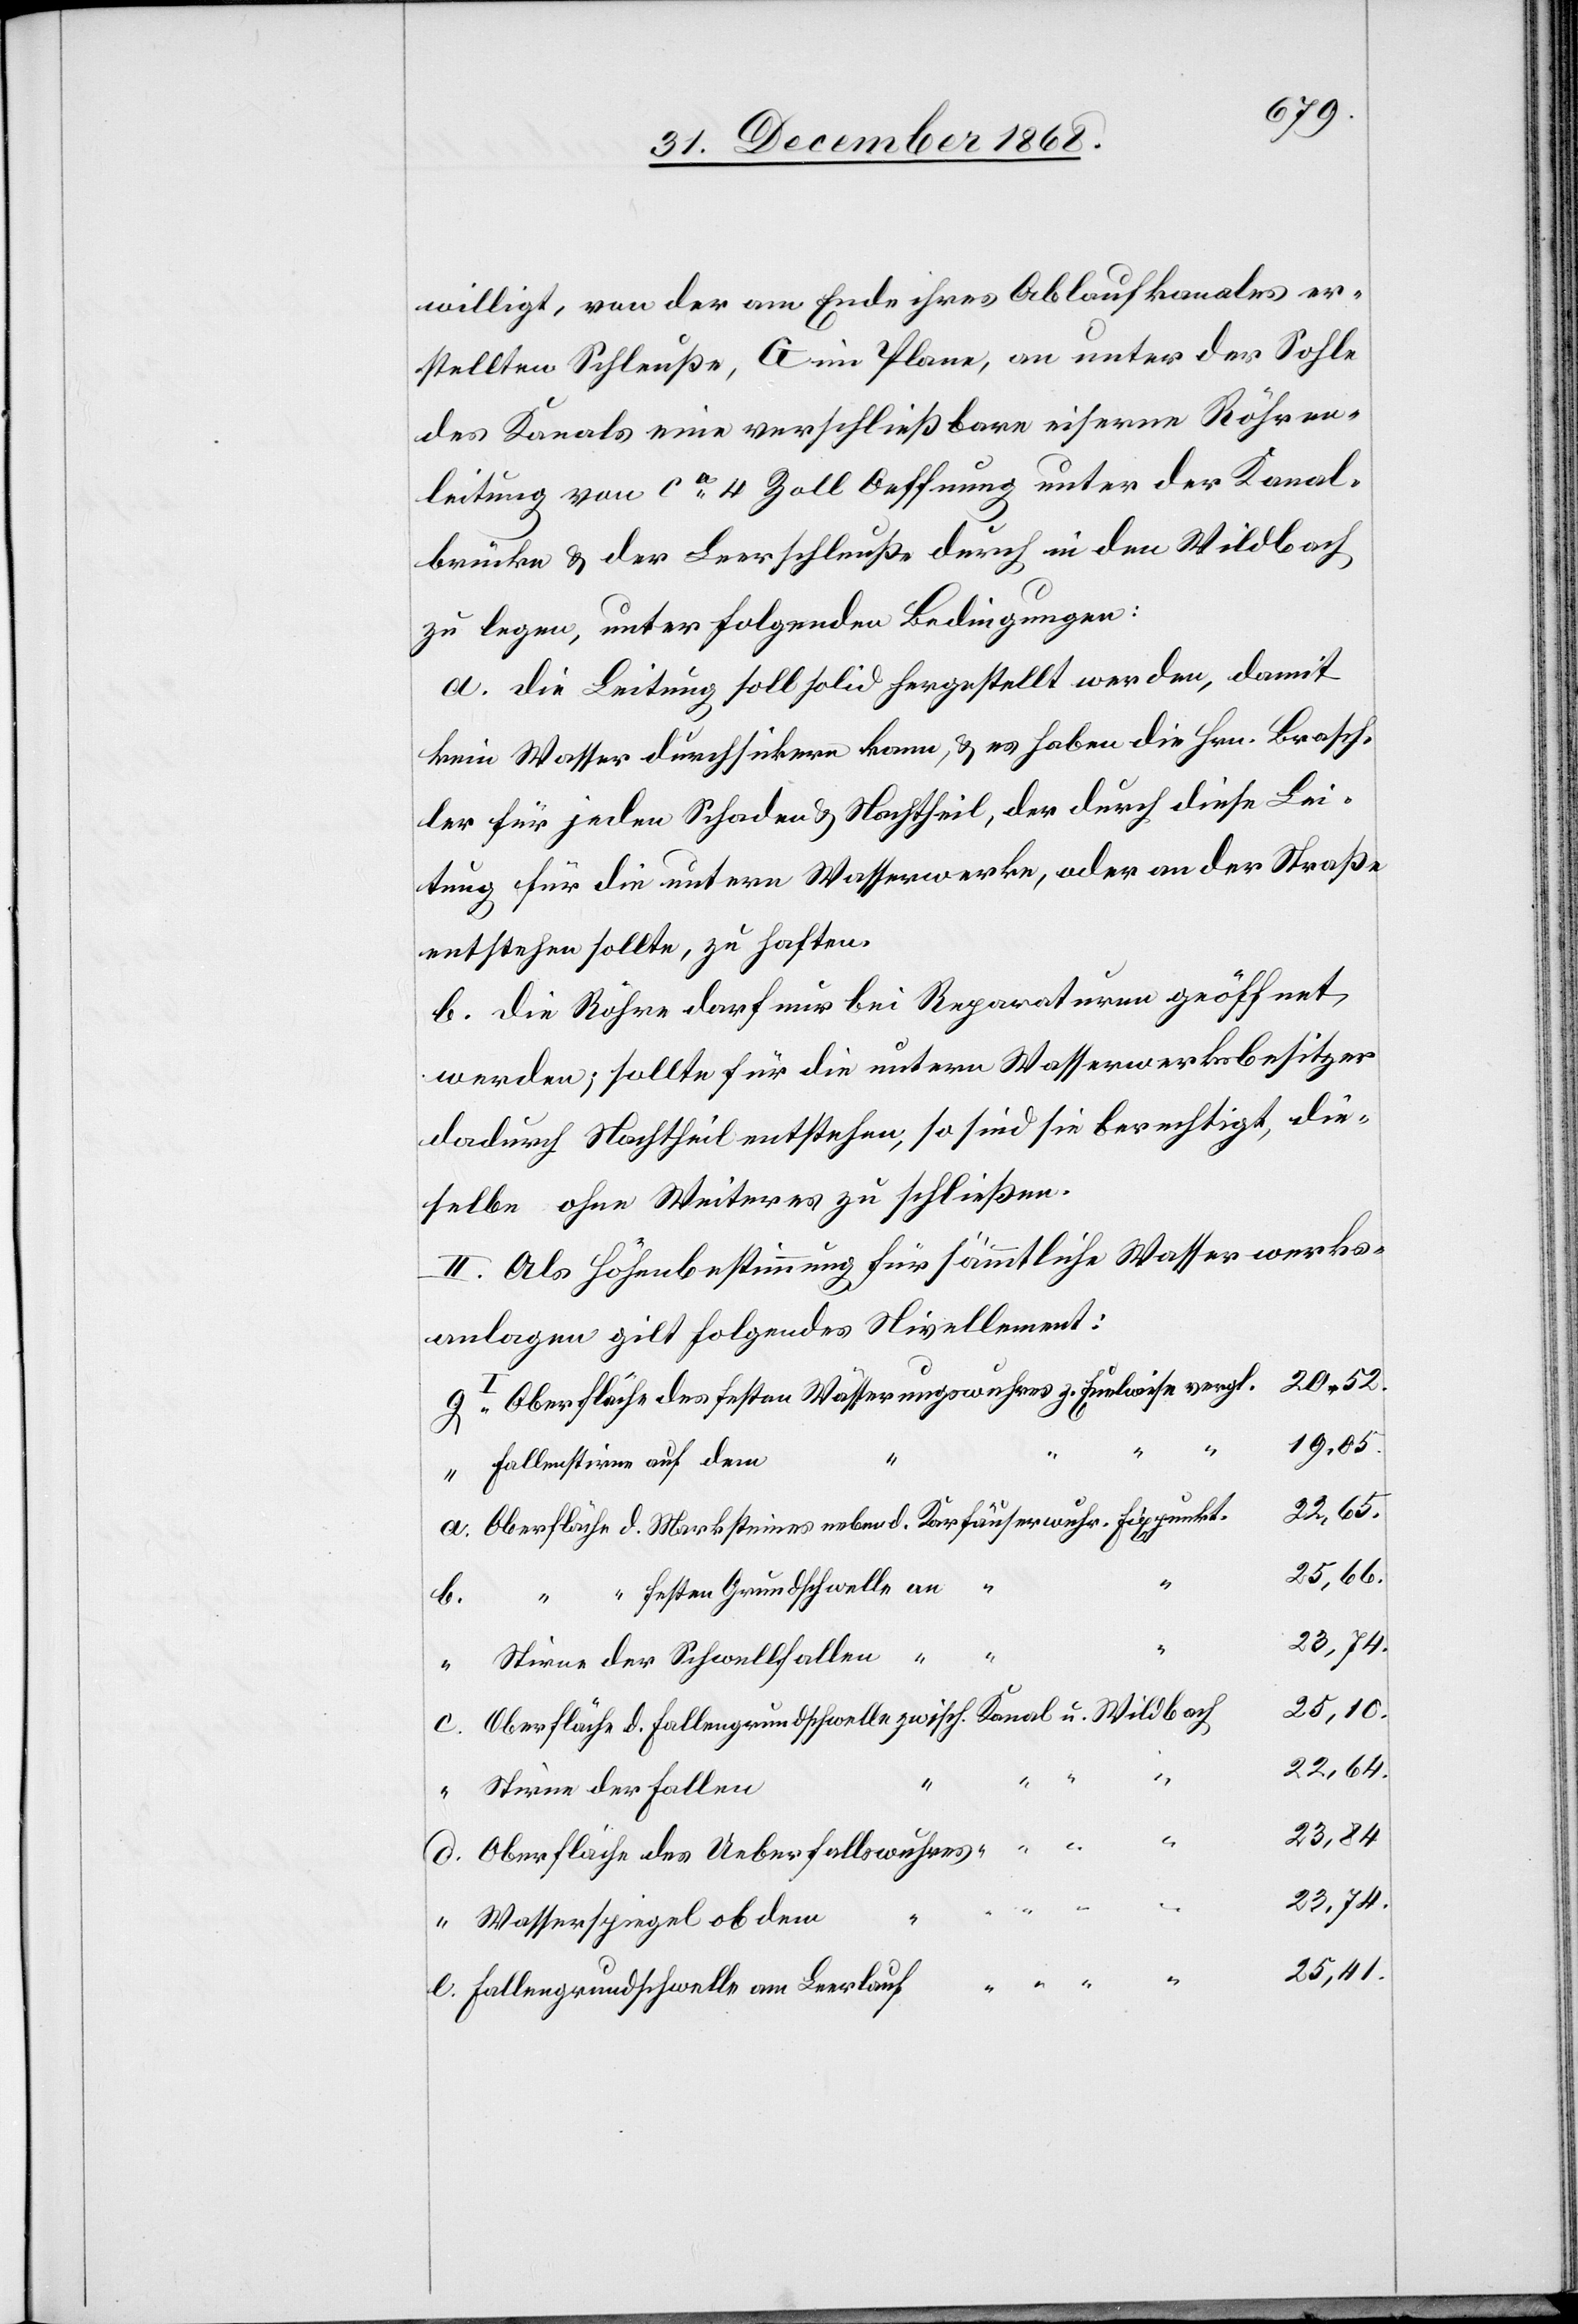
willigt, von der am Ende ihres Ablaufkanales er¬
stellten Schleuße, G im Plane, an unter der Sohle
des Kanals eine verschließbare eiserne Röhren¬
leitung von ca 4 Zoll Oeffnung unter der Kanal¬
brücke & der Leerschleuße durch in den Wildbach
zu legen, unter folgenden Bedingungen:
a. Die Leitung soll solid hergestellt werden, damit
kein Wasser durchsickern kann, & es haben die Hrn. Brasch¬
ler für jeden Schaden & Nachtheil, der durch diese Lei¬
tung für die untern Wasserwerke, oder an der Straße
entstehen sollte, zu haften.
b. Die Röhre darf nur bei Reparaturen geöffnet
werden; sollte für die untern Wasserwerksbesitzer
dadurch Nachtheil entstehen, so sind sie berechtigt, die¬
selbe ohne Weiteres zu schließen.
II. Als Höhenbestimmung für sämmtliche Wasserwerks¬
anlagen gilt folgendes Nivellement:
20,52.
Oberfläche des festen Wässerungswuhres z. Euelwiese vergl.
19,05.
c.
Fallenstirne auf dem
22,65.
Oberfläche d. Marksteines neben d. Karfäuserwuhr. Fixpunkt.
25,66.
“ festen Grundschwelle an “
b.
Stirne der Schwellfallen
25,10.
Oberfläche d. Fallengrundschwelle zwisch. Kanal u. Wildbach
Stirne der Fallen
23,74.
e.
Oberfläche des Ueberfallswuhres
Wasserspiegel ob dem
25,41.
Fallengrundschwelle am Leerlauf